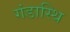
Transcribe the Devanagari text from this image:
गंडास्थि